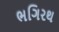
ભગિરથ